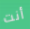
أنت